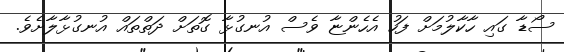
ސޯޑާ ގައި ހާކާލުމަށް ފަހު އެހެންޏާ ވެސް އުނގުޅާ ގޮތަށް ދަތްތައް އުނގުޅާލާށެވެ.